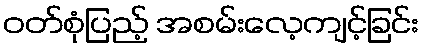
ဝတ်စုံပြည့် အစမ်းလေ့ကျင့်ခြင်း